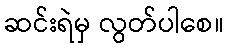
ဆင်းရဲမှ လွတ်ပါစေ။